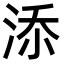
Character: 𣵚